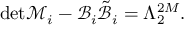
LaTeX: \mathrm { d e t } \mathcal { M } _ { i } - \mathcal { B } _ { i } \tilde { \mathcal { B } } _ { i } = \Lambda _ { 2 } ^ { 2 M } .